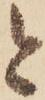
と